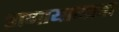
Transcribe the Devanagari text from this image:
प्राणायामाचा